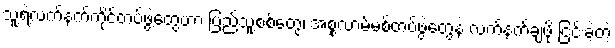
သူ့ရဲ့လက်နက်ကိုင်တပ်ဖွဲ့တွေဟာ ပြည်သူ့စစ်တွေ၊ အစ္စလာမ်မစ်တပ်ဖွဲ့တွေနဲ့ လက်နက်ချဖို ငြင်းခဲ့တဲ့